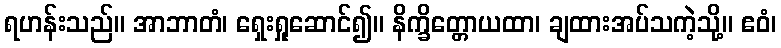
ရဟန်းသည်။ အာဘာတံ၊ ရှေးရှုဆောင်၍။ နိက္ခိတ္တောယထာ၊ ချထားအပ်သကဲ့သို့။ ဧဝံ၊